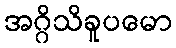
အဂ္ဂိသိခူပမော